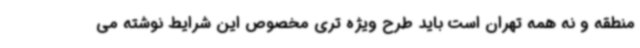
منطقه و نه همه تهران است باید طرح ویژه تری مخصوص این شرایط نوشته می